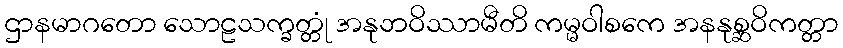
ဌာနမာဂတော သောဠသက္ခတ္တုံ အနုဘဝိဿာမီတိ ကမ္မဝါစကေ အနနုစ္ဆဝိကတ္တာ